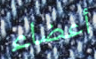
أعضاء